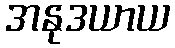
အနုဒယာယ